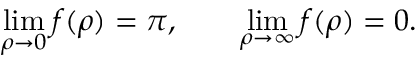
\operatorname * { l i m } _ { \rho \rightarrow 0 } f ( \rho ) = \pi , \qquad \operatorname * { l i m } _ { \rho \rightarrow \infty } f ( \rho ) = 0 .